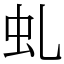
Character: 虬